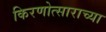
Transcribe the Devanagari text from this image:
किरणोत्साराच्या